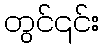
တွင်၎င်း